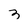
Character: 3